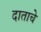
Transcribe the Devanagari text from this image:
दाताचे